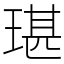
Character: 㻣